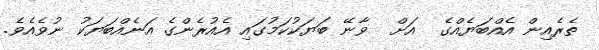
ތެރެއިން އެއްބަޔެއްގެ  އަށް  ވާނޭ ބަޔަކުކަމުގައި އެއުރެންގެ އަނެއްބަޔަކު ނުވެއެވެ.